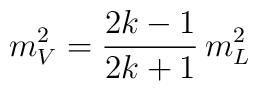
m_V^2= {2k -1 \over 2k +1} \, m^2_L